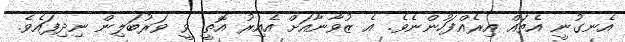
އެނގުނީ އެތައް އިރެއްފަހުންނެވެ. އެ ޒުވާނާއަށް އެއިރު އޮތީ ވީ ވަރުބަލިން ނިދިފައެވެ.